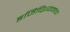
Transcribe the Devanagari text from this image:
इजिप्शियनांचा